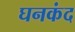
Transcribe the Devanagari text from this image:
घनकंद